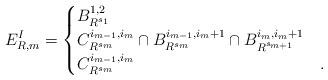
LaTeX: \begin{align*} E^I_{R, m} = \begin{cases} B_{R^{s_1}}^{1, 2} &\\ C^{i_{m - 1}, i_m}_{R^{s_m}} \cap B^{i_{m - 1}, i_m + 1}_{R^{s_m}} \cap B_{R^{s_{m + 1}}}^{i_m, i_m + 1} & \\ C^{i_{m - 1}, i_m}_{R^{s_m}} & . \end{cases} \end{align*}